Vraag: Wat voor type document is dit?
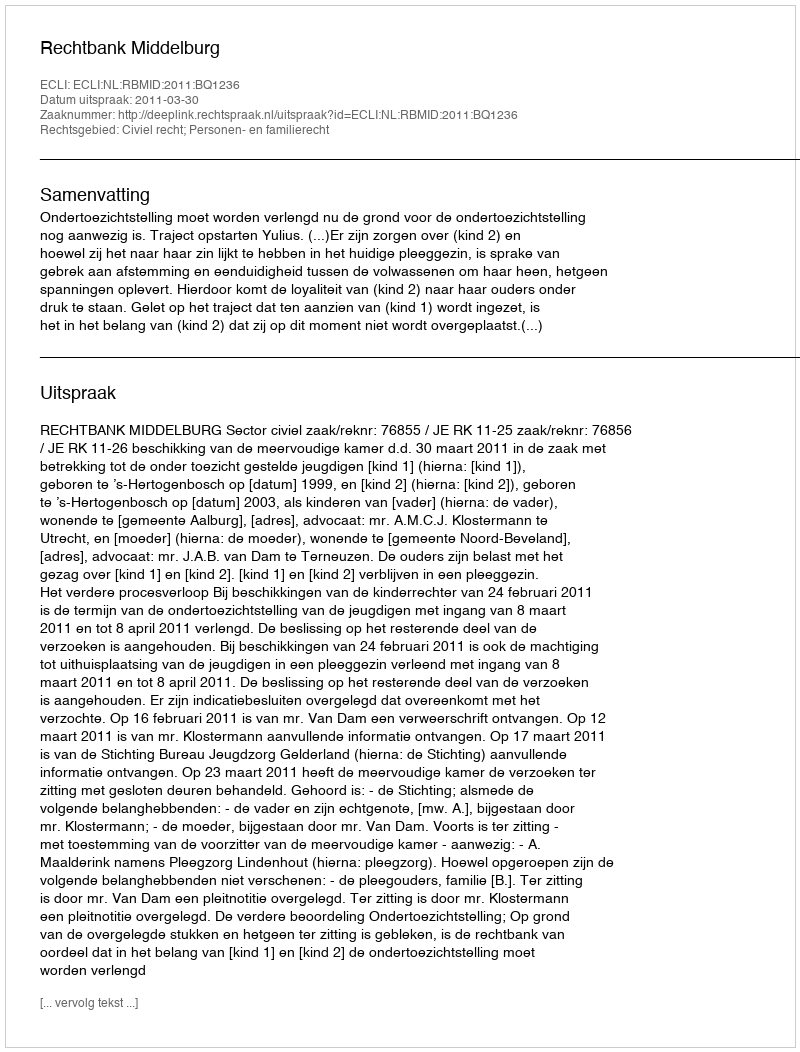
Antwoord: Uitspraak